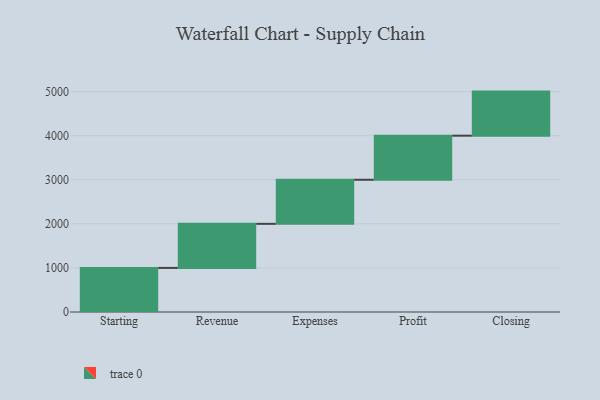
{"axis": {"x": "Step", "y": "Value"}, "legend": [""], "data": [{"x": "Starting", "y": 1000, "type": ""}, {"x": "Revenue", "y": 1000, "type": ""}, {"x": "Expenses", "y": 1000, "type": ""}, {"x": "Profit", "y": 1000, "type": ""}, {"x": "Closing", "y": 1000, "type": ""}]}